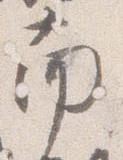
南